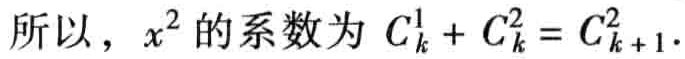
所以，\(x^{2}\)的系数为 \(C_{k}^{1}+C_{k}^{2}=C_{k + 1}^{2}\).